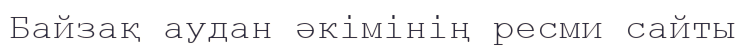
Байзақ аудан әкімінің ресми сайты